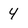
Character: 4